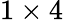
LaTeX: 1\times 4